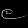
Digit: ၉